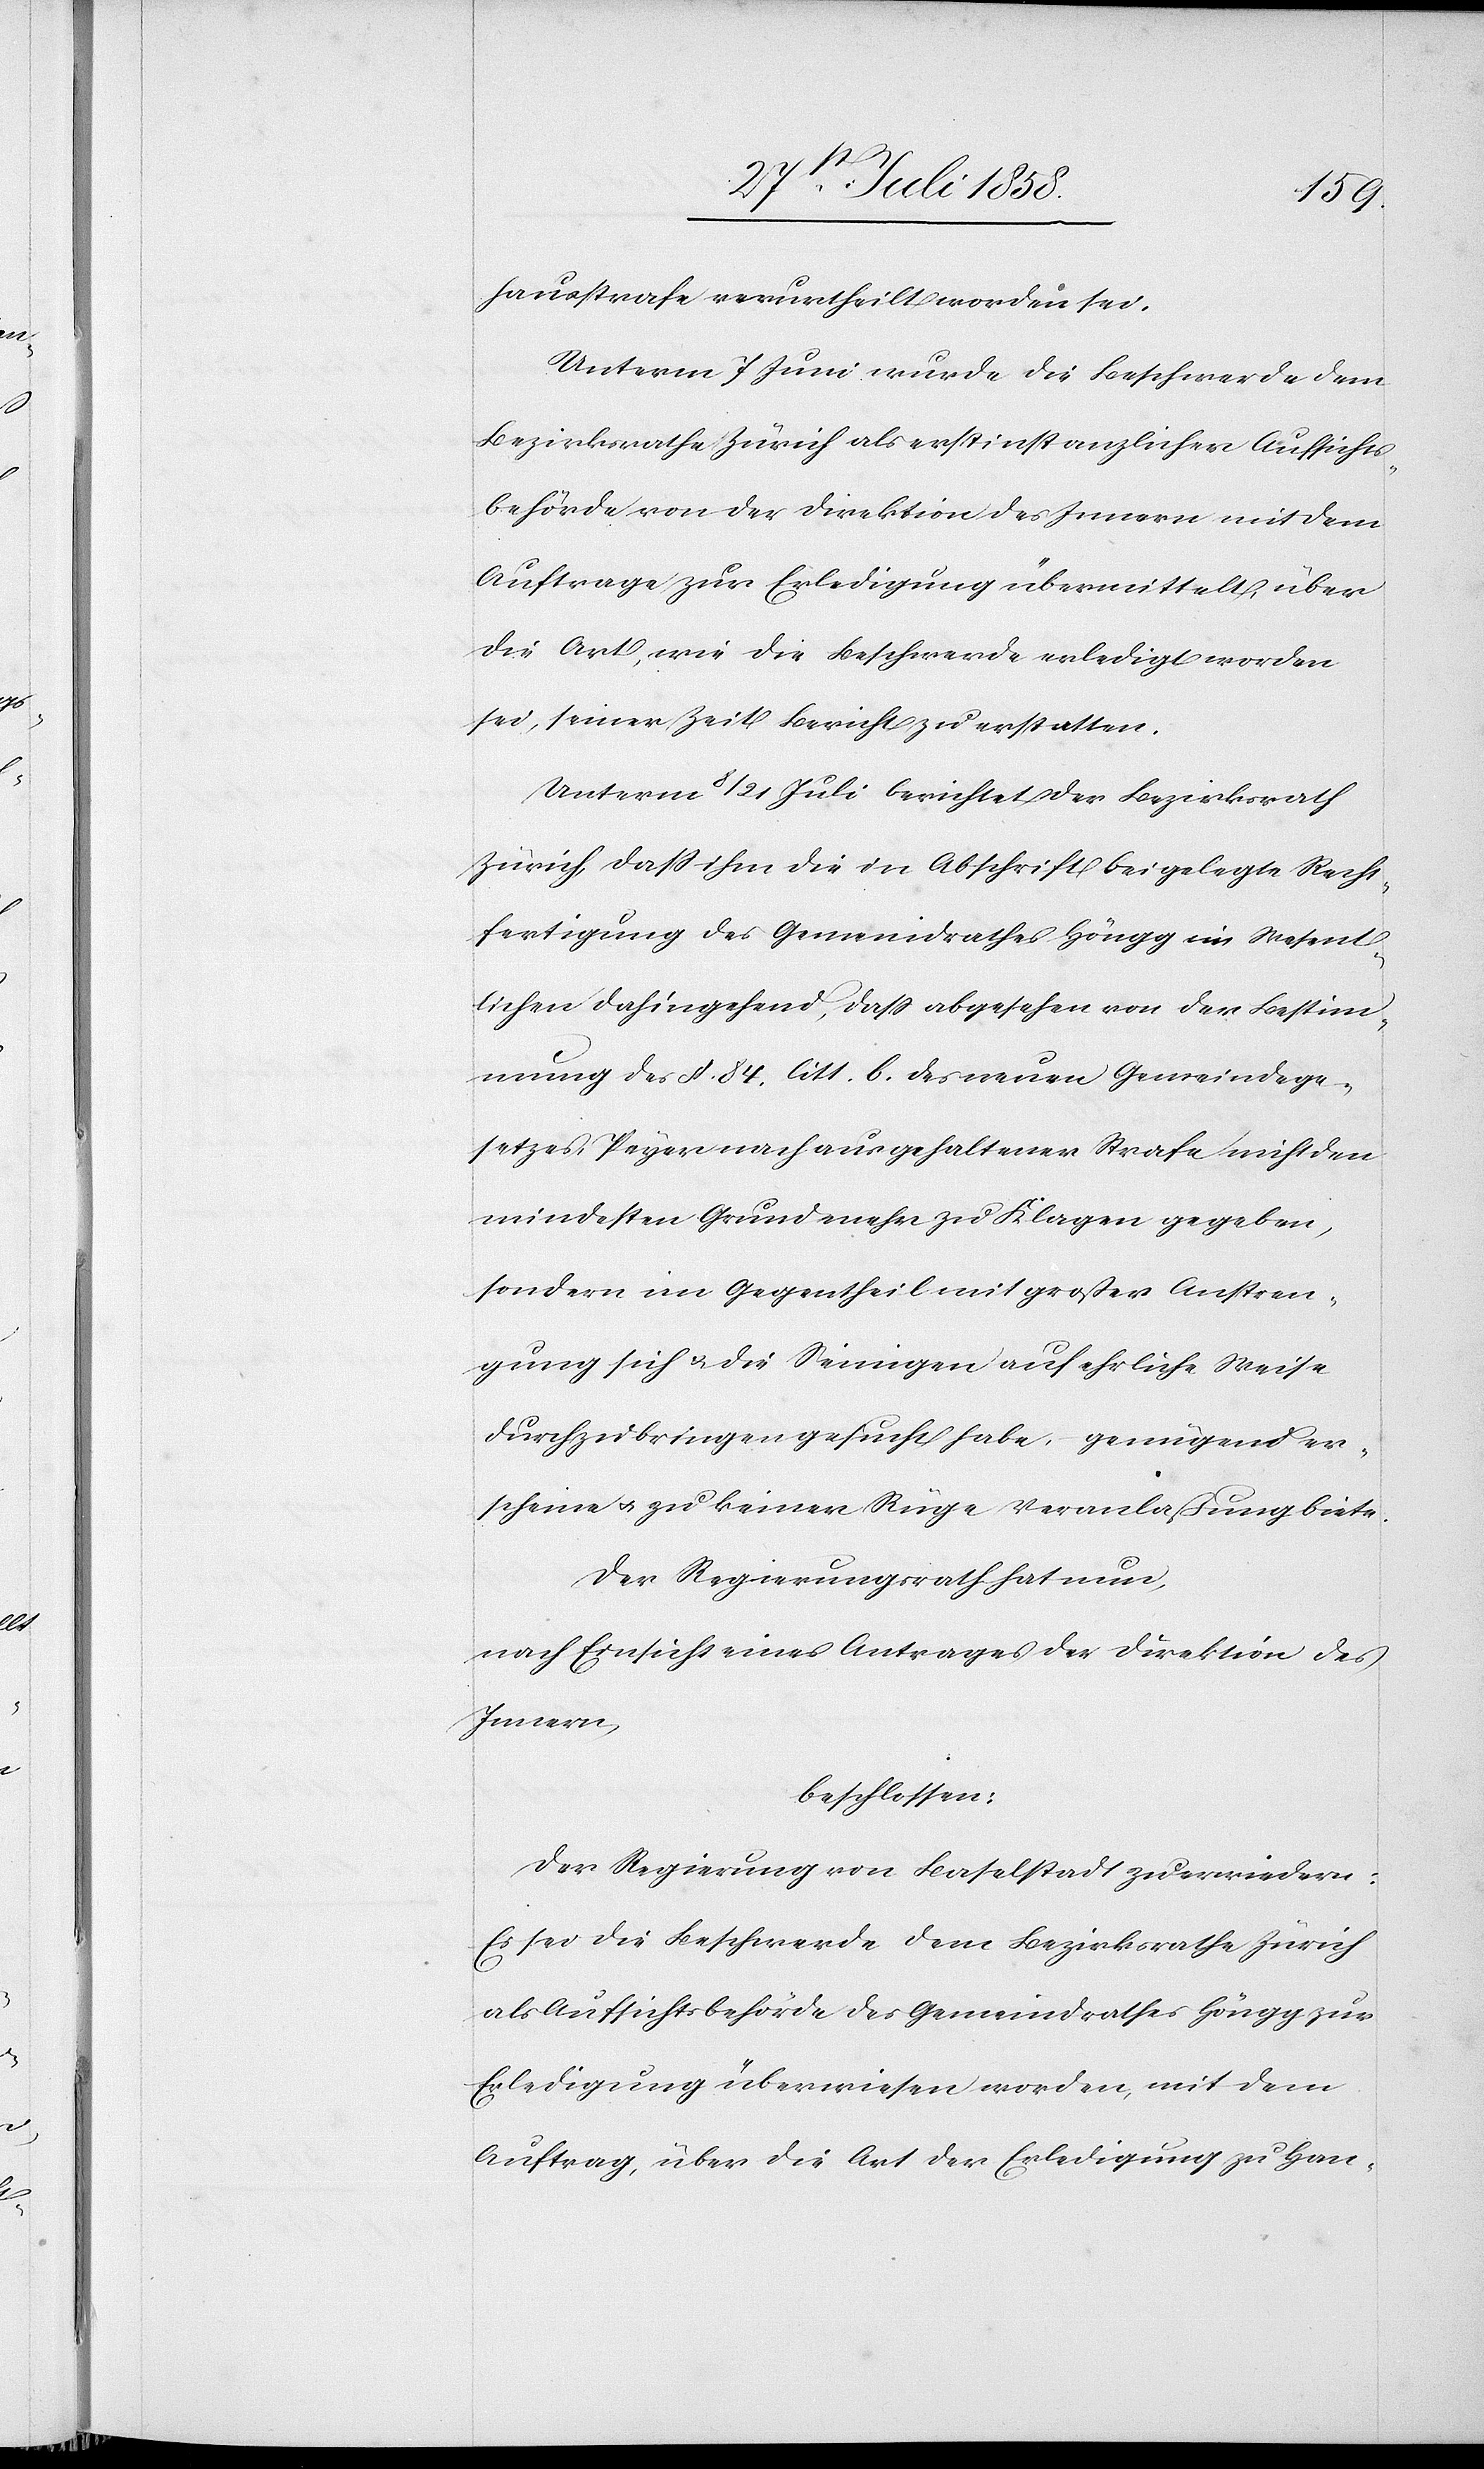
hausstrafe verurtheilt worden sei.
Unterm 7 Juni wurde die Beschwerde dem
Bezirksrathe Zürich als erstinstanzlicher Aufsichts¬
behörde von der Direktion des Innern mit dem
Auftrage zur Erledigung übermittelt, über
die Art, wie die Beschwerde erledigt worden
sei, seiner Zeit Bericht zu erstatten.
Unterm 8 / 21 Juli berichtet der Bezirksrath
Zürich, dass ihm die in Abschrift beigelegte Recht¬
fertigung des Gemeindrathes Höngg im Wesent¬
lichen dahingehend, dass abgesehen von der Bestim¬
mung des §. 84. litt. b. des neuen Gemeindege¬
setzes, Peyer nach ausgehaltener Strafe nicht den
mindesten Grund mehr zu Klagen gegeben,
sondern im Gegentheil mit großer Anstren¬
gung sich & die Seinigen auf ehrliche Weise
durchzubringen gesucht habe, – genügend er¬
scheine & zu keiner Rüge Veranlaßung biete.
Der Regierungsrath hat nun,
nach Einsicht eines Antrages der Direktion des
Innern,
beschlossen:
Der Regierung von Baselstadt zu erwiedern:
Es sei die Beschwerde dem Bezirksrathe Zürich
als Aufsichtsbehörde des Gemeindrathes Höngg zur
Erledigung überwiesen worden, mit dem
Auftrag, über die Art der Erledigung zu Han-